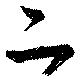
二